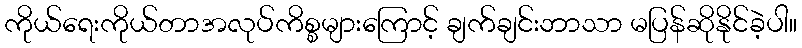
ကိုယ်ရေးကိုယ်တာအလုပ်ကိစ္စများကြောင့် ချက်ချင်းဘာသာ မပြန်ဆိုနိုင်ခဲ့ပါ။